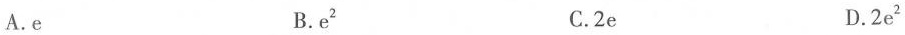
A.e B.e^{2} C.2e D.2e^{2}